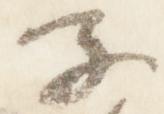
子